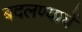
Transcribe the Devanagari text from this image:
बदलण्याचें